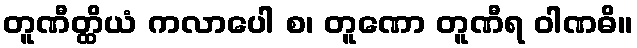
တူဏီတ္ထိယံ ကလာပေါ စ၊ တူဏော တူဏီရ ဝါဏဓိ။